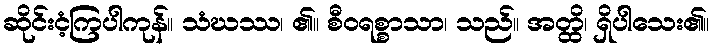
ဆိုင်းငံ့ကြပါကုန်။ သံဃဿ၊ ၏။ စီဝရစ္စာသာ၊ သည်။ အတ္ထိ၊ ရှိပါသေး၏။